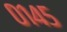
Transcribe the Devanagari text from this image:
०१४५